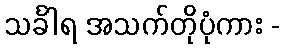
သင်္ခါရ အသက်တိုပုံကား -